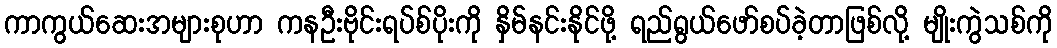
ကာကွယ်ဆေးအများစုဟာ ကနဦးဗိုင်းရပ်စ်ပိုးကို နှိမ်နင်းနိုင်ဖို့ ရည်ရွယ်ဖော်စပ်ခဲ့တာဖြစ်လို့ မျိုးကွဲသစ်ကို